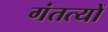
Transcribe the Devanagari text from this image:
गंतत्‍यों